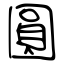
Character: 圓